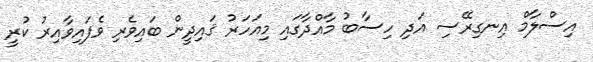
އިސްލާމް އިނގިރޭސި އަދި ހިސާބު މާއްދާގައި މިއަހަރު ޤައިދީން ބައިވެރި ވެފައިވާއިރު ކުރީ